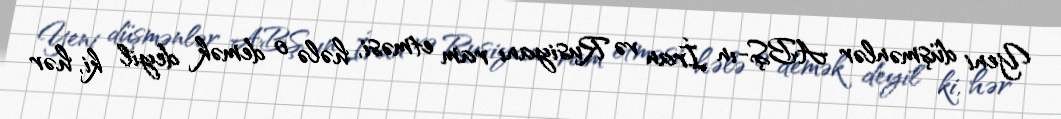
Yeni düşmənlər ABŞ-ın İran və Rusiyanı ram etməsi, hələ o demək deyil ki, hər